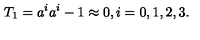
T _ { 1 } = a ^ { i } a ^ { i } - 1 \approx 0 , i = 0 , 1 , 2 , 3 .